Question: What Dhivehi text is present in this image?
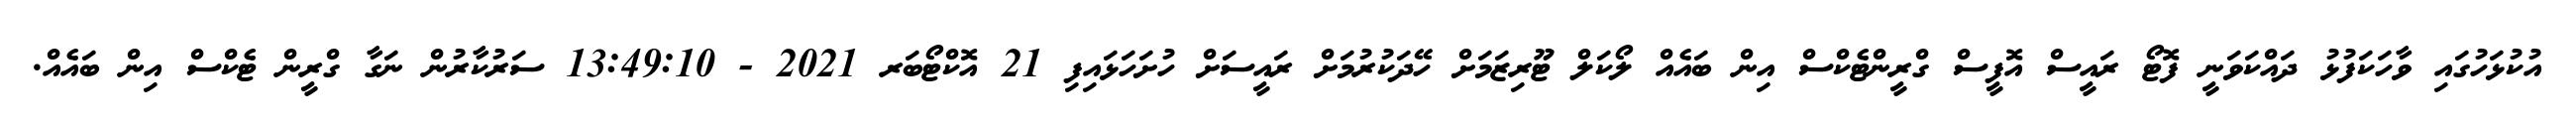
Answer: އުކުޅަހުގައި ވާހަކަފުޅު ދައްކަވަނީ ފޮޓޯ ރައީސް އޮފީސް ގްރީންޓެކްސް އިން ބައެއް ލޯކަލް ޓޫރިޒަމަށް ހޭދަކުރުމަށް ރައީސަށް ހުށަހަޅައިފި 21 އޮކްޓޯބަރ 2021 - 13:49:10 ސަރުކާރުން ނަގާ ގްރީން ޓެކްސް އިން ބައެއް.